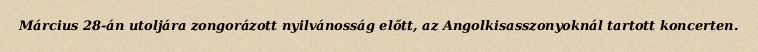
Március 28-án utoljára zongorázott nyilvánosság előtt, az Angolkisasszonyoknál tartott koncerten.